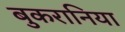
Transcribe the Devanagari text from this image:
बुकरानिया